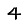
Digit: 4